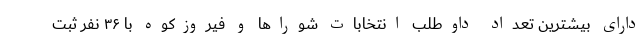
دارای بیشترین تعداد داوطلب انتخابات شوراها و فیروزکوه با ۳۶ نفر ثبت